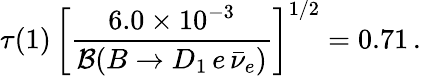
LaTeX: \tau(1)\, \bigg[{\frac{6.0\times 10^{-3}}{{\cal B}(B\to D_{1}\, e\, \bar{\nu}_{e})}}\bigg]^{1/2}=0.71\, .